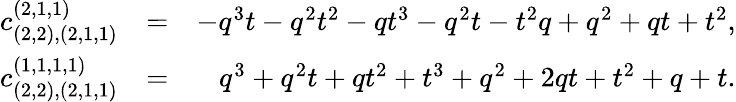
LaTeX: \begin{array}{rlr}{c_{(2,2),(2,1,1)}^{(2,1,1)}}&{=}&{-q^{3}t-q^{2}t^{2}-qt^{3}-q^{2}t-t^{2}q+q^{2}+qt+t^{2},}\\ {c_{(2,2),(2,1,1)}^{(1,1,1,1)}}&{=}&{q^{3}+q^{2}t+qt^{2}+t^{3}+q^{2}+2qt+t^{2}+q+t.}\end{array}